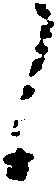
候